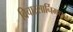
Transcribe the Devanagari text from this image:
विचारसार्निमधून